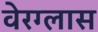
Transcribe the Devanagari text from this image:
वेरग्लास